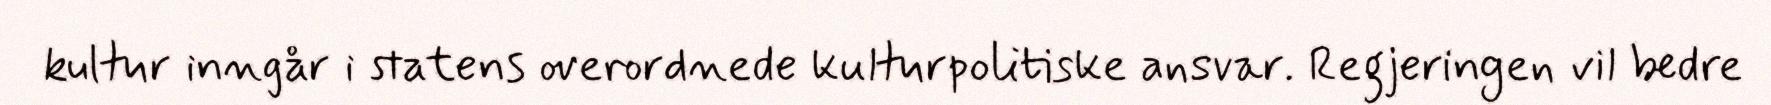
kultur inngår i statens overordnede kulturpolitiske ansvar. Regjeringen vil bedre